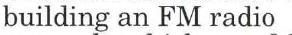
building an FM radio